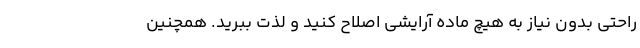
راحتی بدون نیاز به هیچ ماده آرایشی اصلاح کنید و لذت ببرید. همچنین